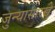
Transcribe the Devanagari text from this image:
जुन्यासारखे